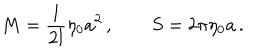
M = \frac { 1 } { 2 l } \eta _ { 0 } a ^ { 2 } \, , \qquad S = 2 \pi \eta _ { 0 } a \, .